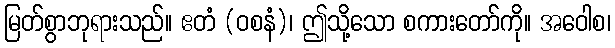
မြတ်စွာဘုရားသည်။ ဧတံ (ဝစနံ)၊ ဤသို့သော စကားတော်ကို။ အဝေါစ၊